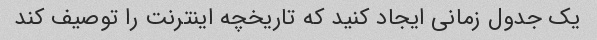
یک جدول زمانی ایجاد کنید که تاریخچه اینترنت را توصیف کند